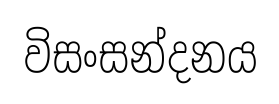
විසංසන්දනය